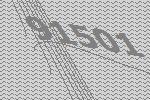
91501